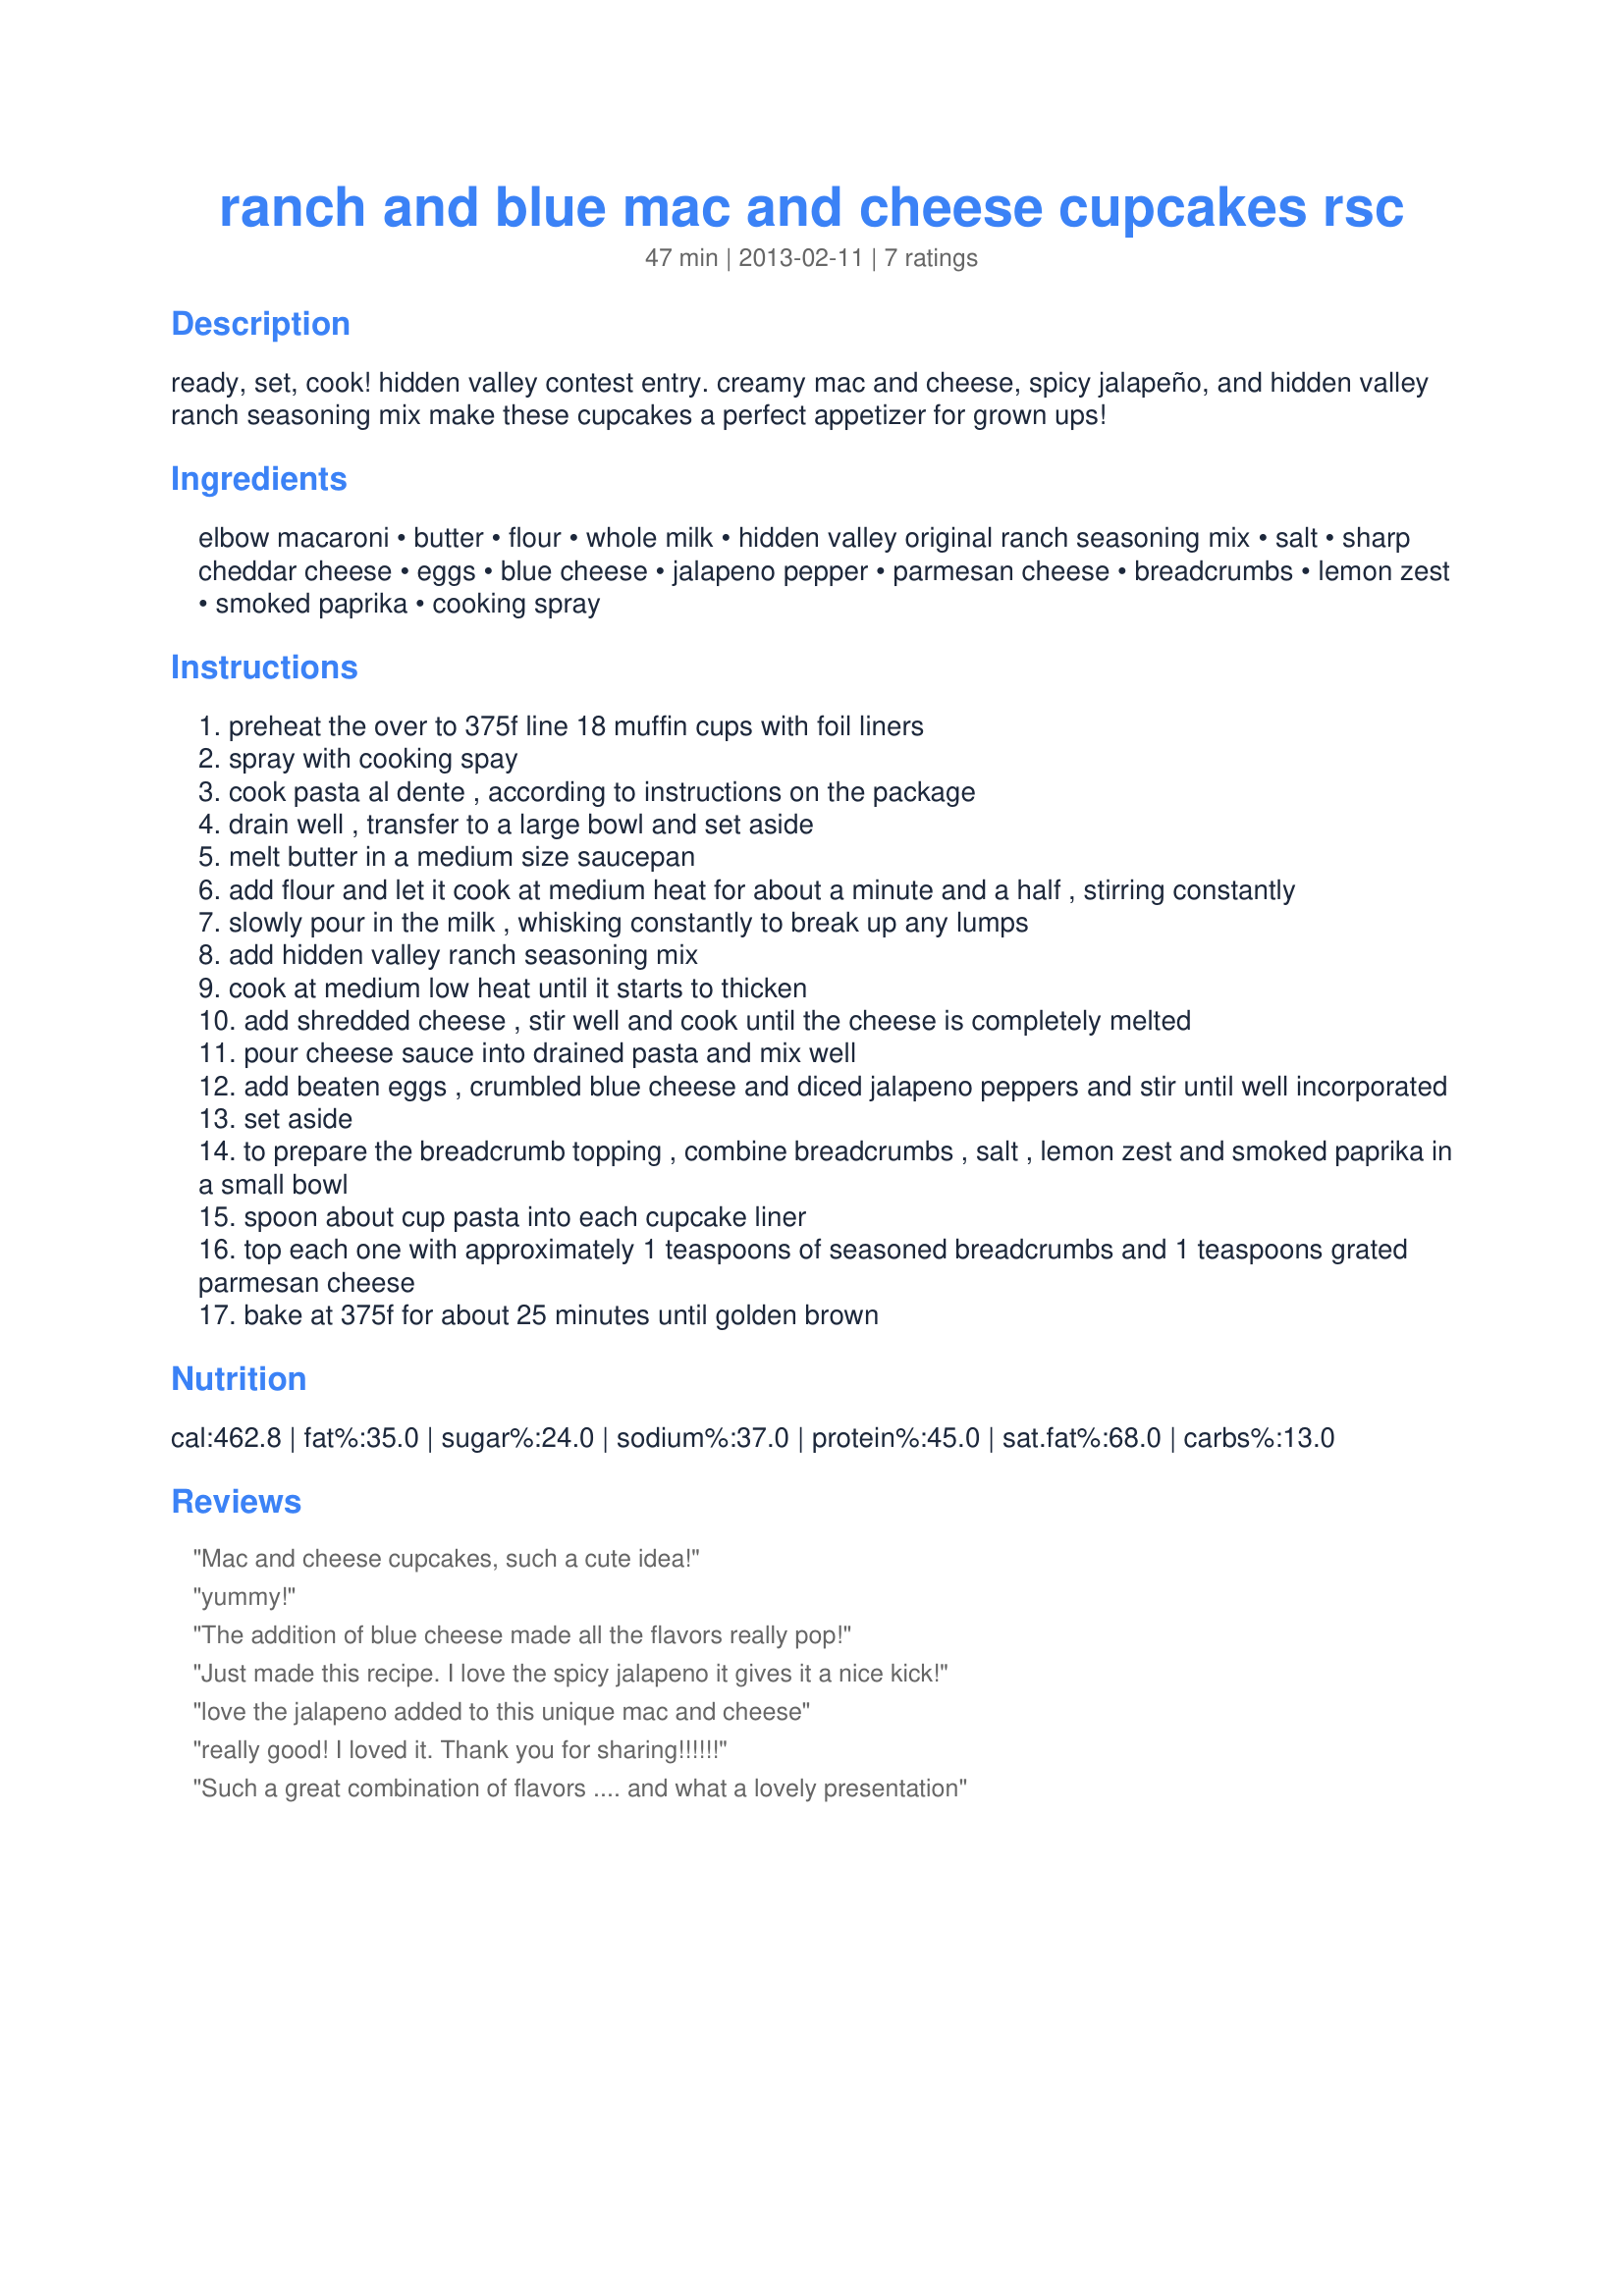
ranch and blue mac and cheese cupcakes rsc
Preparation time: 47 minutes

ready, set, cook! hidden valley contest entry. creamy mac and cheese, spicy jalapeño, and hidden valley ranch seasoning mix make these cupcakes a perfect appetizer for grown ups!

Ingredients:
elbow macaroni, butter, flour, whole milk, hidden valley original ranch seasoning mix, salt, sharp cheddar cheese, eggs, blue cheese, jalapeno pepper, parmesan cheese, breadcrumbs, lemon zest, smoked paprika, cooking spray

Steps:
preheat the over to 375f line 18 muffin cups with foil liners
spray with cooking spay
cook pasta al dente , according to instructions on the package
drain well , transfer to a large bowl and set aside
melt butter in a medium size saucepan
add flour and let it cook at medium heat for about a minute and a half , stirring constantly
slowly pour in the milk , whisking constantly to break up any lumps
add hidden valley ranch seasoning mix
cook at medium low heat until it starts to thicken
add shredded cheese , stir well and cook until the cheese is completely melted
pour cheese sauce into drained pasta and mix well
add beaten eggs , crumbled blue cheese and diced jalapeno peppers and stir until well incorporated
set aside
to prepare the breadcrumb topping , combine breadcrumbs , salt , lemon zest and smoked paprika in a small bowl
spoon about cup pasta into each cupcake liner
top each one with approximately 1 teaspoons of seasoned breadcrumbs and 1 teaspoons grated parmesan cheese
bake at 375f for about 25 minutes until golden brown

Reviews:
Mac and cheese cupcakes, such a cute idea!
yummy!
The addition of blue cheese made all the flavors really pop!
Just made this recipe. I love the spicy jalapeno it gives it a nice kick!
love the jalapeno added to this unique mac and cheese
really good! I loved it. Thank you for sharing!!!!!!
Such a great combination of flavors .... and what a lovely presentation
